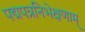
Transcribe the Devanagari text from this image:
पद्मपत्रनिभेक्षणाम्